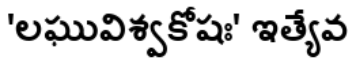
'లఘువిశ్వకోషః' ఇత్యేవ